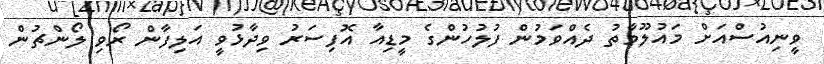
ވީނިއުސްއަށް މައުލޫމާތު ދެއްވަމުން ފުލުހުންގެ މީޑިއާ އޮފިސަރު ވިދާޅުވީ އަލިފާން ރޯވި ލޯންޗުން